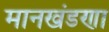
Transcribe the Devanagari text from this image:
मानखंडणा